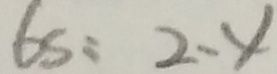
6 s = 2 . 4